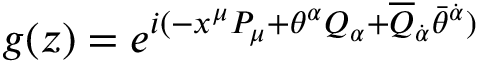
g ( z ) = e ^ { i ( - x ^ { \mu } P _ { \mu } + \theta ^ { \alpha } Q _ { \alpha } + \overline { { { Q } } } _ { \dot { \alpha } } \bar { \theta } ^ { \dot { \alpha } } ) }